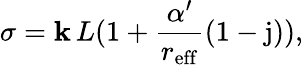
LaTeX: \sigma=\mathbf{k}\, L(1+\frac{{\alpha^{\prime}}}{{r_{\mathrm{{eff}}}}}(1-\mathrm{{j}})),